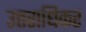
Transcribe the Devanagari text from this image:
उत्तराधिकर